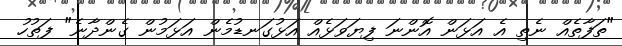
"ތަފާތެއް ނެތި އެ އަޅަން އޮންނަ ފިޔަވަޅެއް އަޅުގަނޑުމެން އަޅަމުން ގެންދާނެ" ފަތުހު